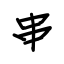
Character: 串